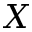
X